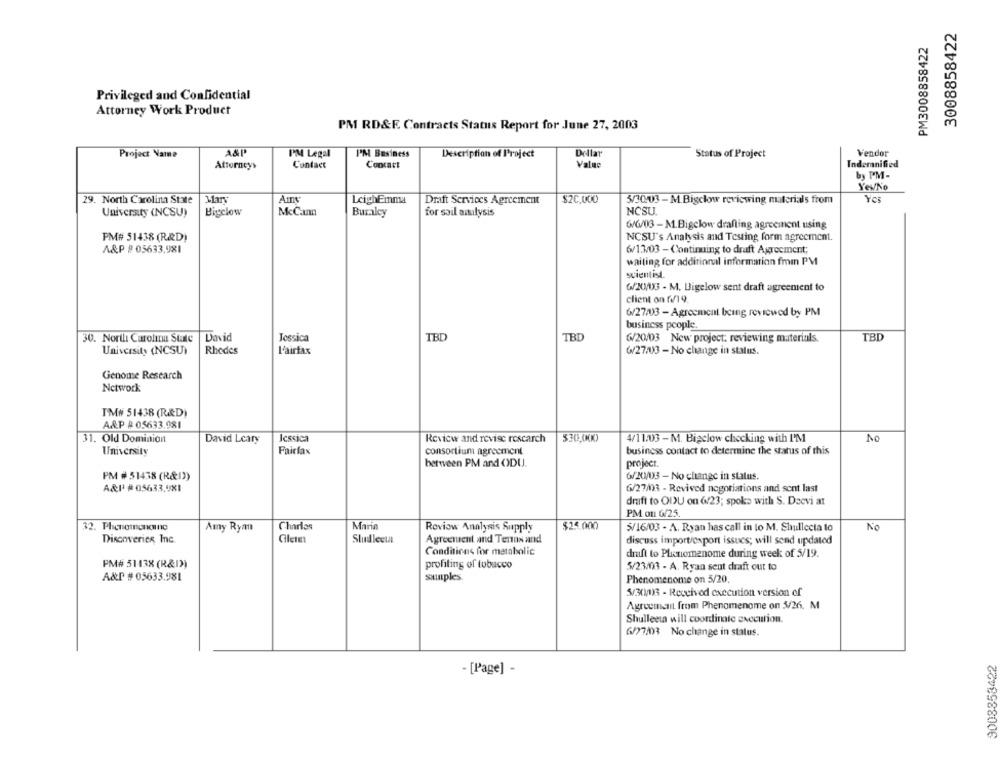
3008858422
PM3008858422
Privileged and Confidential
Attorney Work Product
PM RD&F. Contracts Status Report for June 27, 2003
A&P
PM Legal
Dollar
Vendor
Project Name
PM Business
Description of Project
Status of Project
Attorneys
Contact
Concart
Value
Indemnified
by PM-
YevNo
29. North Carolina State
$20,000
Yo
LeighEmma
Draft Services Agreement
3/30/03 - M Bigclow reviewing materials from
University (NCSU)
Bigclow
McCann
Buralcy
for soil autulysis
NCSU
6/6/03 - M.Bigclow drafting agreement using
PM# 51438 (R&D)
NCSU's Analysis and Testing form agreement.
A&P # 03633,981
6/13/03 - Continuing to draft Agreement;
waiting for additional information fmm PM
scientist.
G/XVUG - M. Bigelow sent draft agreement to
client on f/19.
6/27/03 - Agreement being reviewed by PM
business people.
30. North Carolina State
David
Jessica
TBD
TBD
6/20/03 New project: reviewing materials
TBD
University (NCSU)
Rhodes
L'airtax
6/27/03 - No change in status.
Genome Research
Network
TM# 51438 (R&D)
A&P #05633.981
31. Old Dominion
David Leary
Icssica
Review and revise rescarch
$30,000)
4/11/03 - M. Bigclow checking with I'M
No
consortium agreement
business contact to determine the status of this
University
Fairfax
between PM and ()DU.
project.
PM # 51438 (R&D))
6/XV03 - No change in status.
A&P' #05633.981
6/27/03 - Revived negotiations and sont last
draft to OIU on 6/23; spoko with S. Deevi at
PM on G/25.
32. Phenomenonno
Charles
Maris
$25.000
No
Amy Ryan
Review Analysis Supply
5/16/03 - A. Ryan has call in to M. Shullccia to
Discoveries, Inc.
Sludleela
Agreement and Terran and
discuss import/export issucs; will send updated
Conditions for metabolic
draft to Plicnomenome during week of 5/19.
PM# 51438 (R&I))
profiling of tobacco
5/23/03 - A. Ryan seut draft out to
A&P # 05633.981
suunples
Phenomenome on 5/20,
5/30/03 - Received execution version of
Agreement from Phenomenome on 3/26. M
Shulleeta will coordinate execution.
6/27/03 No change in status.
9008853422
- [Page] -